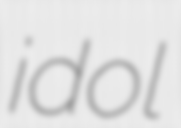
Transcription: idol